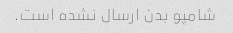
شامپو بدن ارسال نشده است.